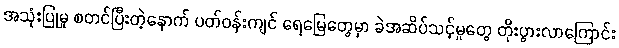
အသုံးပြုမှု စတင်ပြီးတဲ့နောက် ပတ်ဝန်းကျင် ရေမြေတွေမှာ ခဲအဆိပ်သင့်မှုတွေ တိုးပွားလာကြောင်း